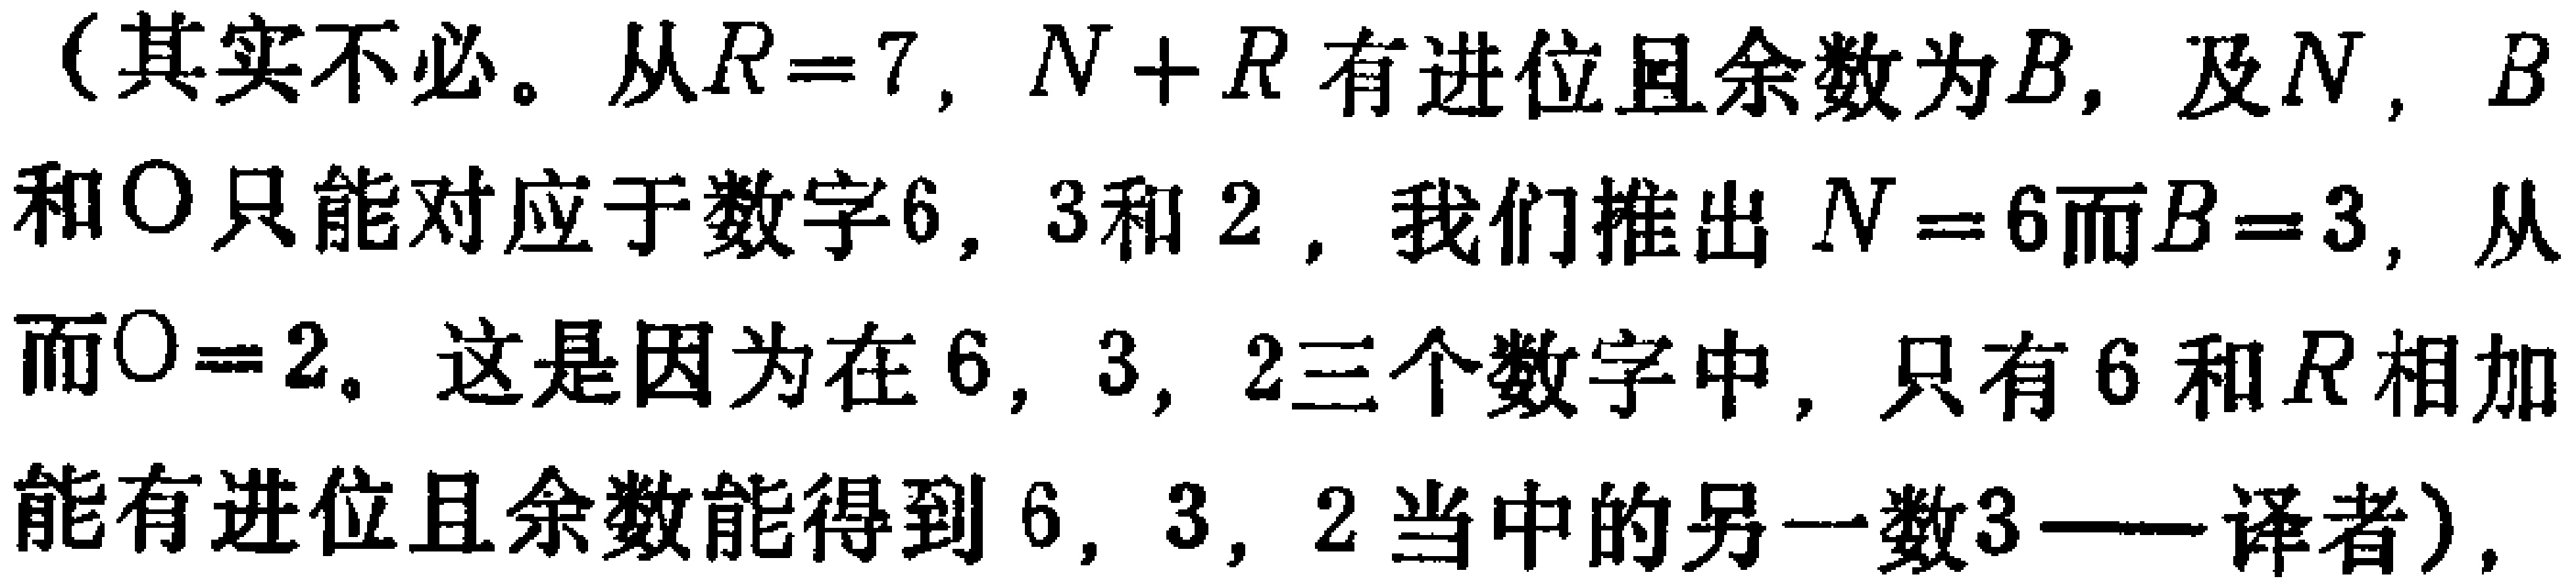
（其实不必。从\(R = 7\)，\(N + R\)有进位且余数为\(B\)，及\(N\)，\(B\)和\(O\)只能对应于数字\(6\)，\(3\)和\(2\)，我们推出\(N = 6\)而\(B = 3\)，从而\(O = 2\)。这是因为在\(6\)，\(3\)，\(2\)三个数字中，只有\(6\)和\(R\)相加能有进位且余数能得到\(6\)，\(3\)，\(2\)当中的另一数\(3\)——译者），